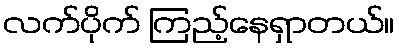
လက်ပိုက် ကြည့်နေရှာတယ်။